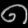
Digit: ၈